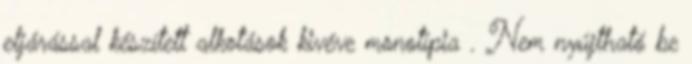
eljárással készített alkotások kivéve monotípia . Nem nyújtható be